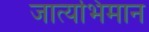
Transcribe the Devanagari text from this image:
जात्यभिमान